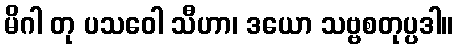
မိဂါ တု ပသဝေါ သီဟာ၊ ဒယော သဗ္ဗစတုပ္ပဒါ။